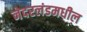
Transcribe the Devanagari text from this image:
नेदरलंडमधील